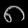
Digit: ၈